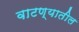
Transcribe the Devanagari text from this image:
वाटण्यातील